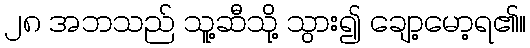
၂၈ အဘသည် သူ့ဆီသို့ သွား၍ ချော့မော့ရ၏။